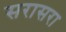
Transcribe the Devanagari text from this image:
सरासरा